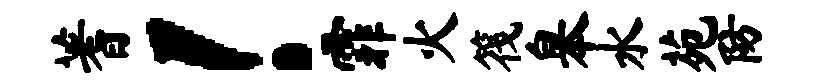
蓍！霏火筏皋水苑防